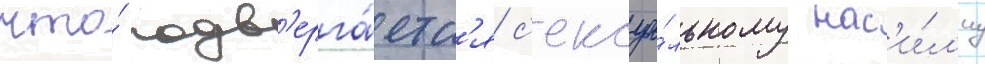
что́ подв'ерга́етс'я с'ексуа́льному нас'и́л'иу